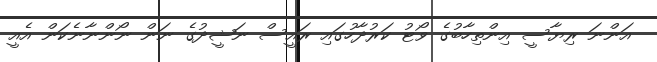
އަންނަ ރިޔާސީ އިންތިހާބުގެ ވޯޓު ކަރުދާހުގައި ރައީސް ނަޝީދުގެ ނަން ނޯންނާނެކަން އެއީ